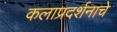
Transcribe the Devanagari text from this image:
कलाप्रदर्शनाचे